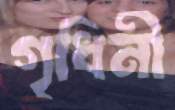
গৃধিনী